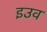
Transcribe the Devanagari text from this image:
इउव